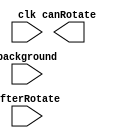
module ratateSignal(
 input clk,
 input [143:0] afterRotate,
 input [143:0] background,
 output canRotate
);

	

endmodule